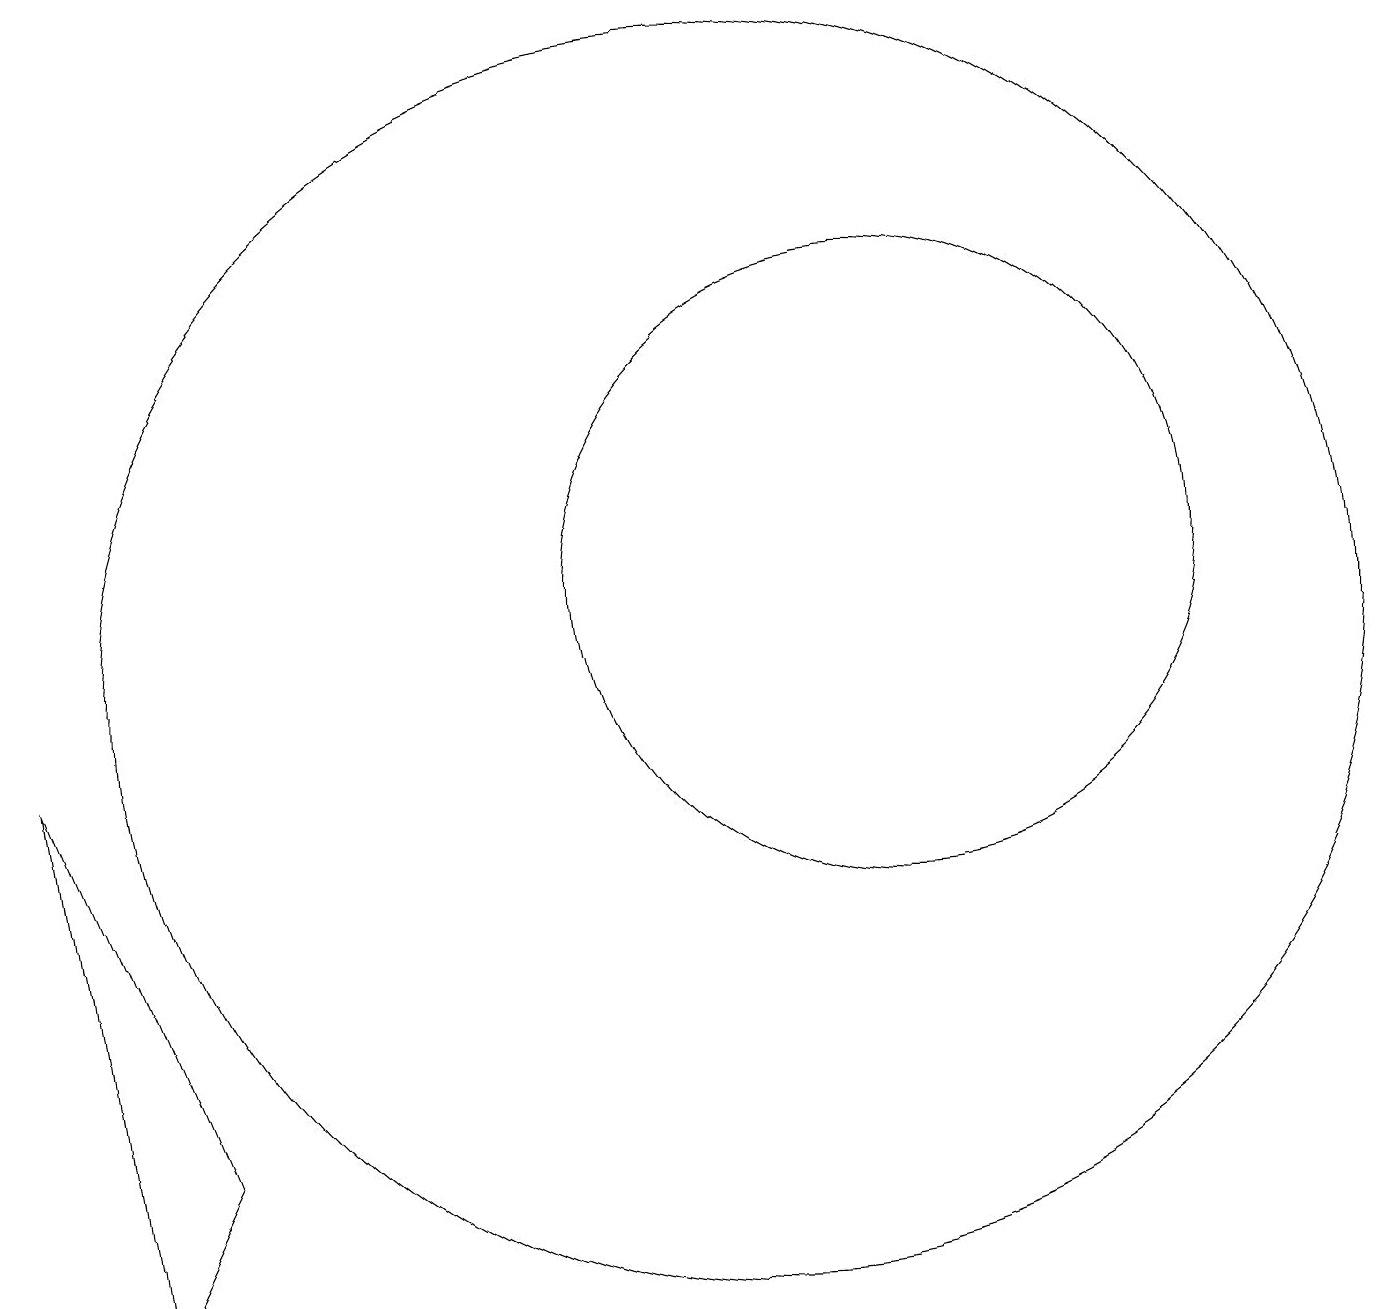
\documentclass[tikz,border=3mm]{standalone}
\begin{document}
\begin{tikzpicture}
\draw (10,10) circle (8);
\draw (2,2) -- (3,4) -- (1,9) -- cycle;
\draw (12,11) circle (4);
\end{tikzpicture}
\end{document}